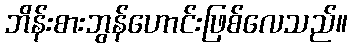
ဘိန်းစားဘွန်ဟောင်းဖြစ်လေသည်။